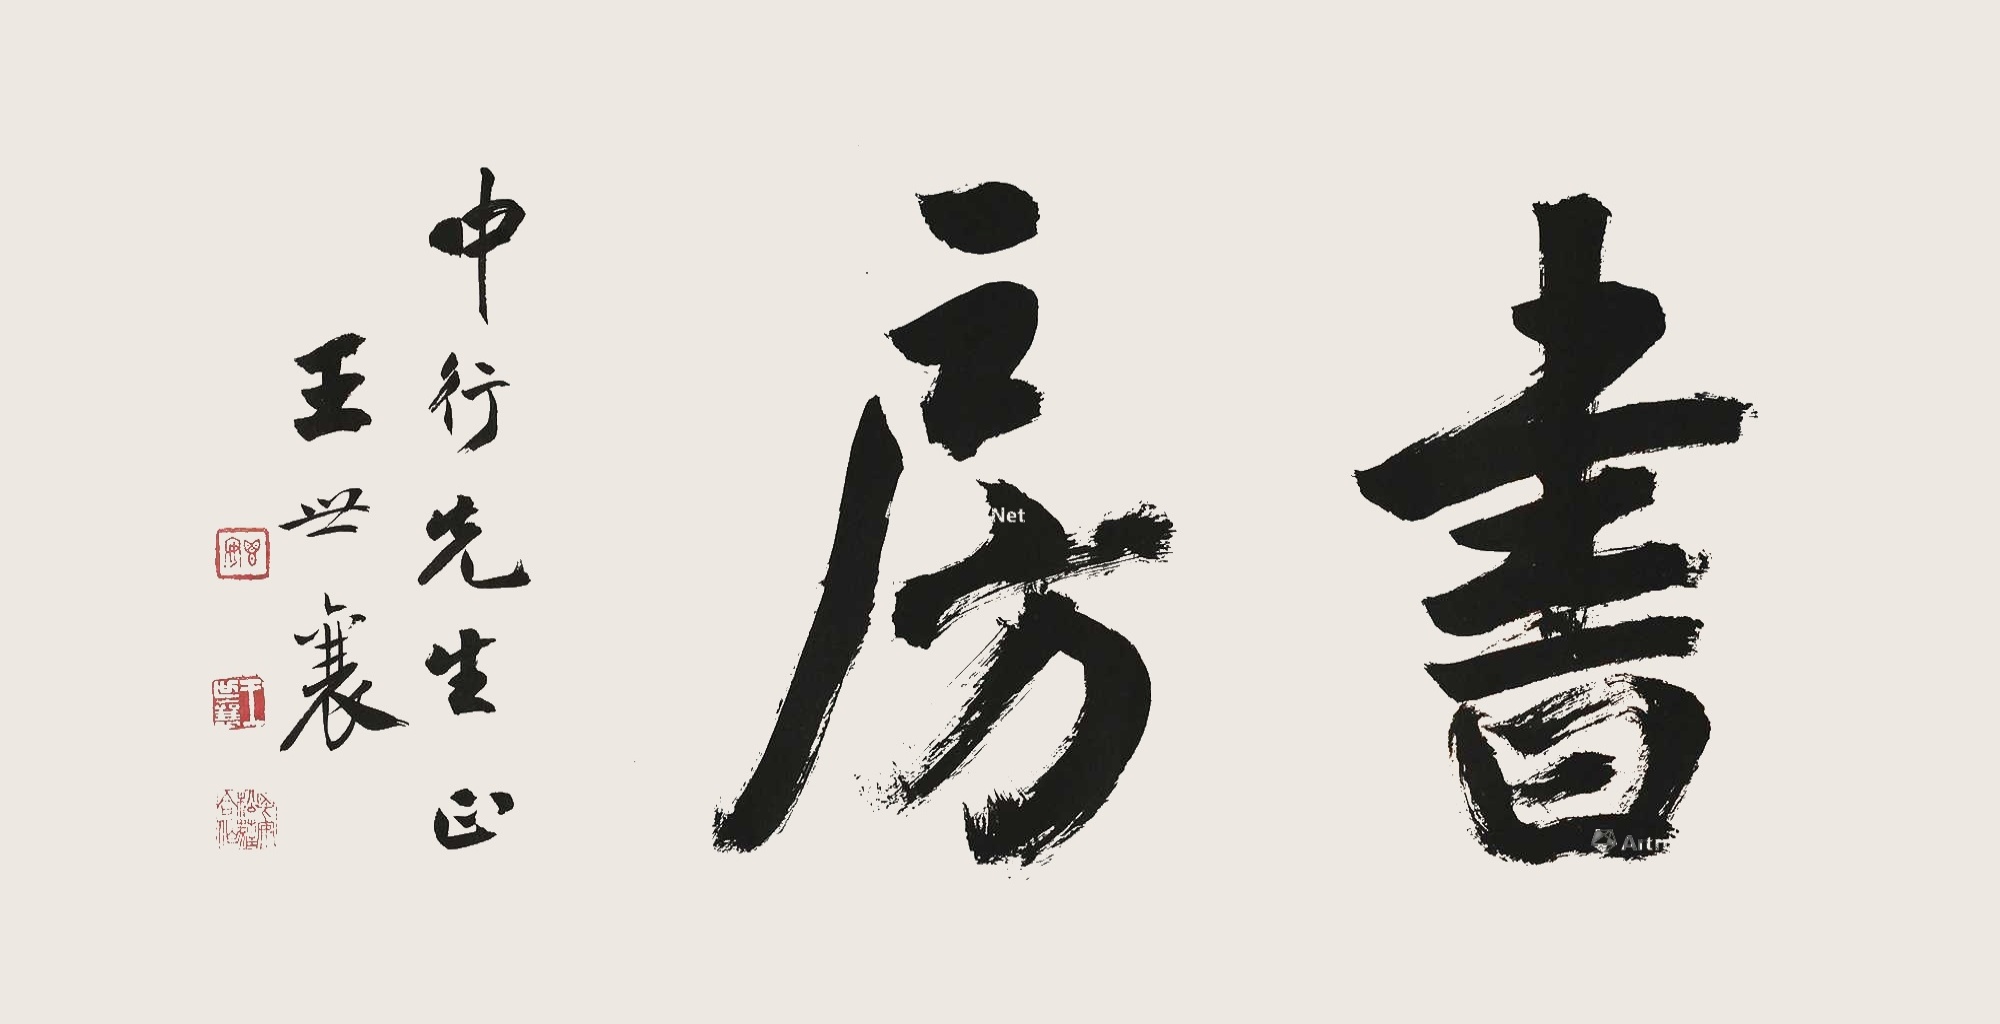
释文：书房。中行先生正，王世襄。